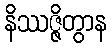
နိဿဇ္ဇိတွာန